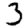
Digit: 3